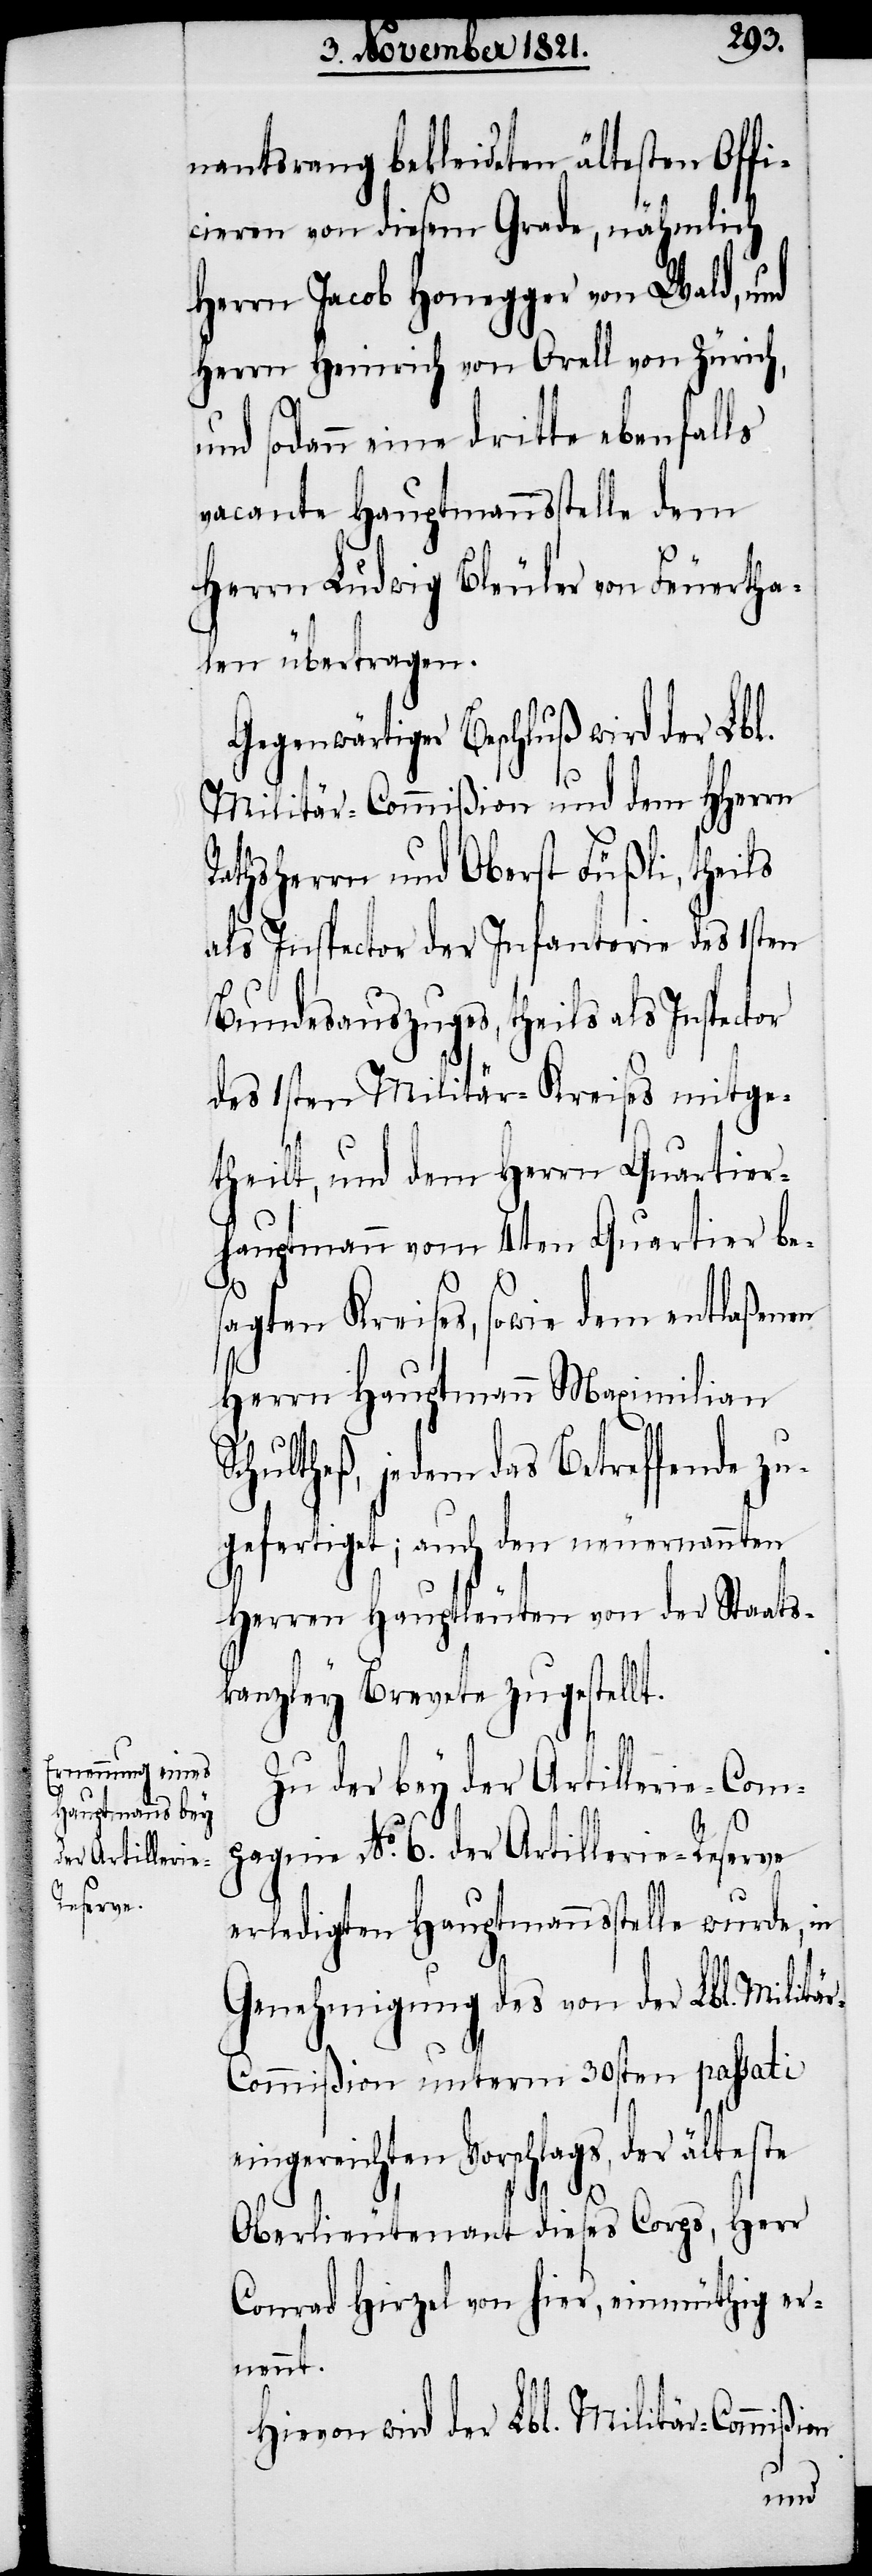
nantsrang bekleideten ältesten Offi¬
ciere von diesem Grade, nähmlich
Herrn Jacob Honegger von Wald, und
Herrn Heinrich von Orell von Zürich,
und sodann eine dritte ebenfalls
vacante Hauptmannsstelle dem
Herrn Ludwig Bleuler von Feuertha¬
len übertragen.
Gegenwärtiger Beschluß wird der Lbl.
Militär-Commißion und dem HHerrn
athsherrn und Oberst Füßli, theils
als Inspector der Infanterie des 1sten
Bundesauszuges, theils als Inspector
des 1sten Militär-Kreises mitge¬
theilt, und dem Herrn Quartier¬
hauptmann vom 4ten Quartier be¬
sagten Kreises, sowie dem entlaßenen
Herrn Hauptmann Maximilian
Schultheß, jedem das Betreffende zu¬
gefertigt; auch den neuernannten
Herren Hauptleuten von der Staats¬
kanzley Brevete zugestellt.
Zu der bey der Artillerie-Com¬
pagnie No. 6. der Artillerie-Reserve
erledigten Hauptmannsstelle wurde, in
e¬
Genehmigung des von der Lbl. Militä¬
r-Commißion unterm 30sten passati
ingereichten Vorschlags, der
Oberlieutenant dieses Corps, Herr
Conrad Hirzel von hier, einmüthig er¬
nennt.
Hievon wird der Lbl. Militär-Commißion